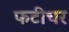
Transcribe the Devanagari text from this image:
फटीचर